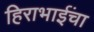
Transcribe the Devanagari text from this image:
हिराभाईंचा